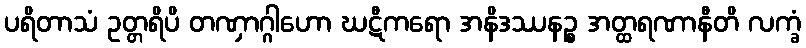
ပရိတာသံ ဥတ္တရိပိ တဏှာဂ္ဂါဟော ဃဋီကရော အနိဒဿနဉ္စ အတ္ထရဏာနီတိ လက္ခံ